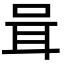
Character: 咠